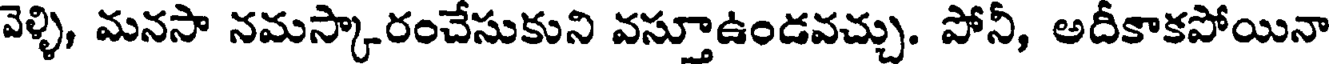
వెళ్ళి, మనసా నమస్కారంచేసుకుని వస్తూఉండవచ్చు. పోనీ, అదీకాకపోయినా